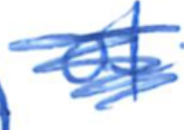
Text: of
Cross-out: scratch
Writing tool: ballpoint